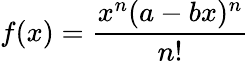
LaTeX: f(x)={\frac{x^{n}(a-bx)^{n}}{n!}}